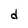
Character: d